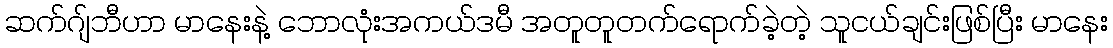
ဆက်ဂျ်ဘီဟာ မာနေးနဲ့ ဘောလုံးအကယ်ဒမီ အတူတူတက်ရောက်ခဲ့တဲ့ သူငယ်ချင်းဖြစ်ပြီး မာနေး